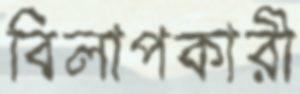
বিলাপকারী